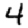
Digit: 4